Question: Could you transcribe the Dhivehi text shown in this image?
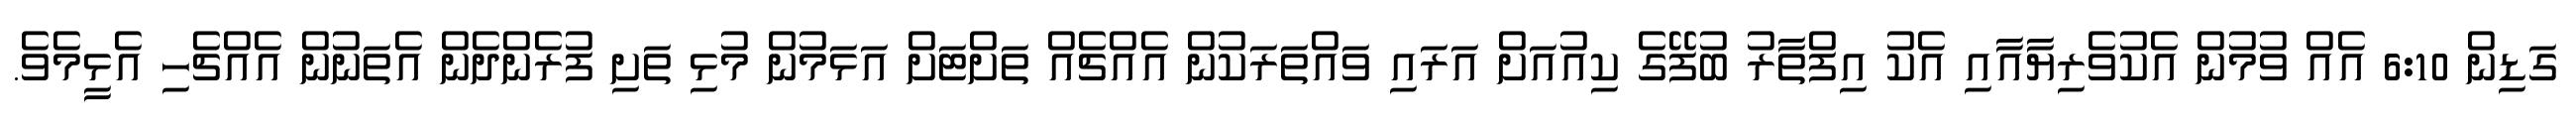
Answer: ގަޑިން 6:10 އެއް ވުމުން އެކުވެރިޔާއާއި އެކު އިފްތާރު ބުފޭގެ ކިއުއަށް އަރައި ވައްތަރަކުން އެއްޗެއް ތަށްޓަށް އަޅަމުން މުޅި ތަށި ފުރެންދެން އެތަނުން އެއްޗެހި އެޅީމެވެ.